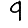
Digit: 9